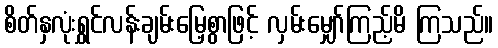
စိတ်နှလုံးရွှင်လန်းချမ်းမြေ့စွာဖြင့် လှမ်းမျှော်ကြည့်မိ ကြသည်။